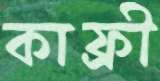
কাফ্রী